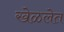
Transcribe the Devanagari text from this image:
खेळलेत